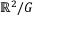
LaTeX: \mathbb { R } ^ { 2 } / G